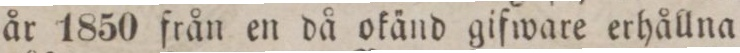
år 1850 från en då okänd gifware erhållna